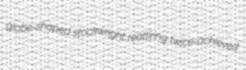
globe-shaped stockwright reattiring twice-achieved